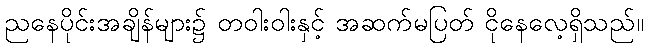
ညနေပိုင်းအချိန်များ၌ တဝါးဝါးနှင့် အဆက်မပြတ် ငိုနေလေ့ရှိသည်။